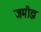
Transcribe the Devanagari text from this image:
जमीझ